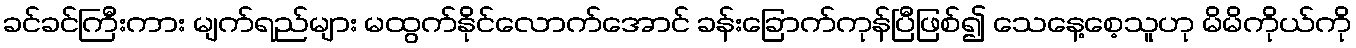
ခင်ခင်ကြီးကား မျက်ရည်များ မထွက်နိုင်လောက်အောင် ခန်းခြောက်ကုန်ပြီဖြစ်၍ သေနေ့စေ့သူဟု မိမိကိုယ်ကို